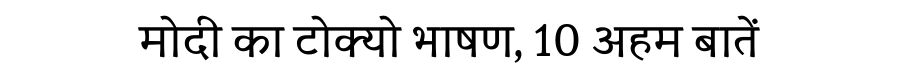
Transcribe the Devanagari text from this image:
मोदी का टोक्यो भाषण, 10 अहम बातें